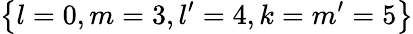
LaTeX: \left\{ l=0,m=3,l^{\prime}=4,k=m^{\prime}=5\right\}